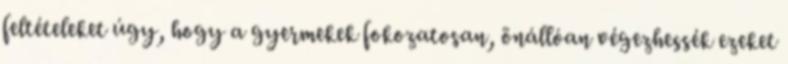
feltételeket úgy, hogy a gyermekek fokozatosan, önállóan végezhessék ezeket